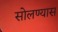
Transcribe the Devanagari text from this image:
सोलण्यास